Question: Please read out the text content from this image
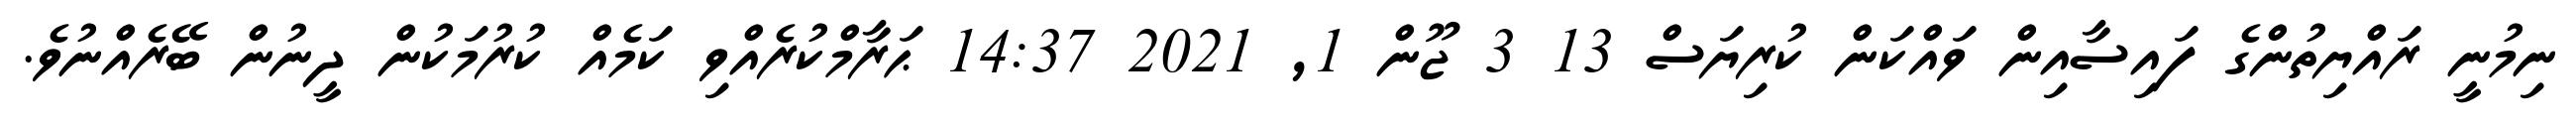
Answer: ނިމުނީ ރައްޔިތުންގެ ފައިސާއިން ވައްކަން ކުރިޔަސް 13 3 ޖޫން 1, 2021 14:37 ޙަރާމްކުރެއްވި ކަމެއް ކުރުމަކުން ދީނުން ބޭރެއްނުވެ.